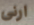
ارنى